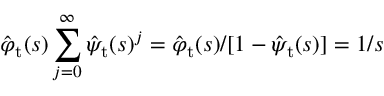
\hat { \varphi } _ { \mathrm { t } } ( s ) \sum _ { j = 0 } ^ { \infty } \hat { \psi } _ { \mathrm { t } } ( s ) ^ { j } = \hat { \varphi } _ { \mathrm { t } } ( s ) / [ 1 - \hat { \psi } _ { \mathrm { t } } ( s ) ] = 1 / s